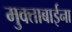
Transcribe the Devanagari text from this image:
मुक्ताबाईना